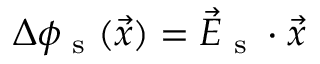
\Delta \phi _ { \textrm { s } } ( \vec { x } ) = \vec { E } _ { \textrm { s } } \cdot \vec { x }